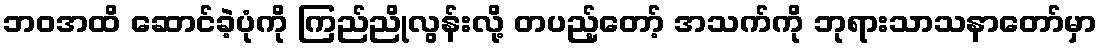
ဘဝအထိ ဆောင်ခဲ့ပုံကို ကြည်ညိုလွန်းလို့ တပည့်တော့် အသက်ကို ဘုရားသာသနာတော်မှာ